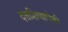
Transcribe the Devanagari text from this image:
दत्तशिष्यापैकी